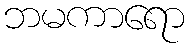
ဘမကာရော